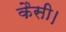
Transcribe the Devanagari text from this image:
कैसी।